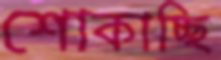
শোকাচ্ছি